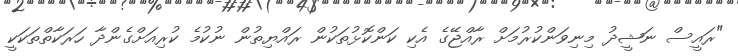
"ރައީސް ނަޝީދު މިނިވަންކުރުމަށް ރާއްޖޭގެ އެކި ކަންކޮޅުތަކުން ރައްޔިތުން ނުކުމެ ކުރިއަށްގެންދާ ހަރަކާތްތަކަކީ